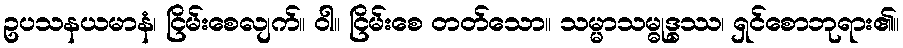
ဥပသနယမာနံ၊ ငြိမ်းစေလျက်။ ဝါ။ ငြိမ်းစေ တတ်သော။ သမ္မာသမ္ဓုဒ္ဓဿ၊ ရှင်စောဘုရား၏။